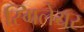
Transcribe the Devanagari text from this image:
स्गिलेयर